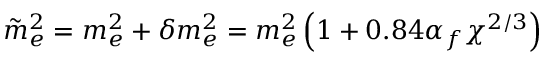
\Tilde { m } _ { e } ^ { 2 } = m _ { e } ^ { 2 } + \delta m _ { e } ^ { 2 } = m _ { e } ^ { 2 } \left( 1 + 0 . 8 4 \alpha _ { f } \chi ^ { 2 / 3 } \right)